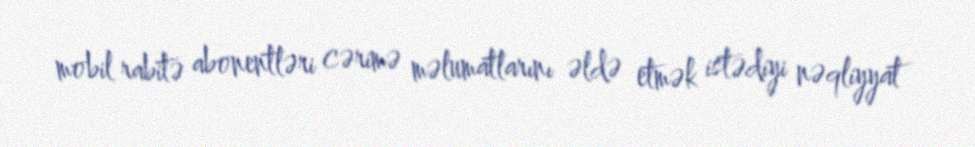
mobil rabitə abonentləri cərimə məlumatlarını əldə etmək istədiyi nəqliyyat